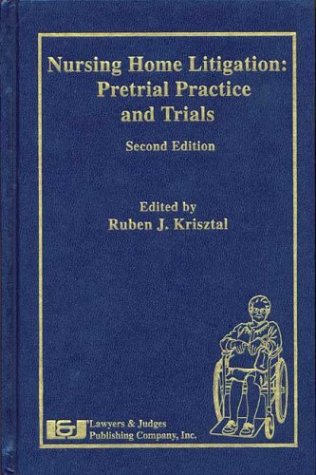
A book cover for Nursing Home Litigation: Pretrial Practice and Trials, Second Edition; Ruben J. Krisztal; Law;